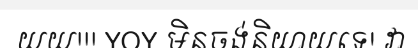
យយ!!! YOY មិនចង់និយាយទេ! វា